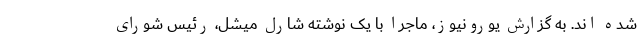
شده اند. به گزارش یورونیوز، ماجرا با یک نوشته شارل میشل، رئیس شورای